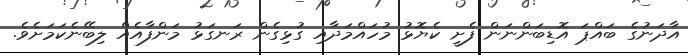
އާދަނުގެ ބައްޕަ އޮޑިބަންނަން ފެށީ ކެޔޮޅު މުހައްމަދާއި ގުޅިގެން ރަނގަޅު މަންފާއެއް ލިބޭނެކަމަށެވެ.